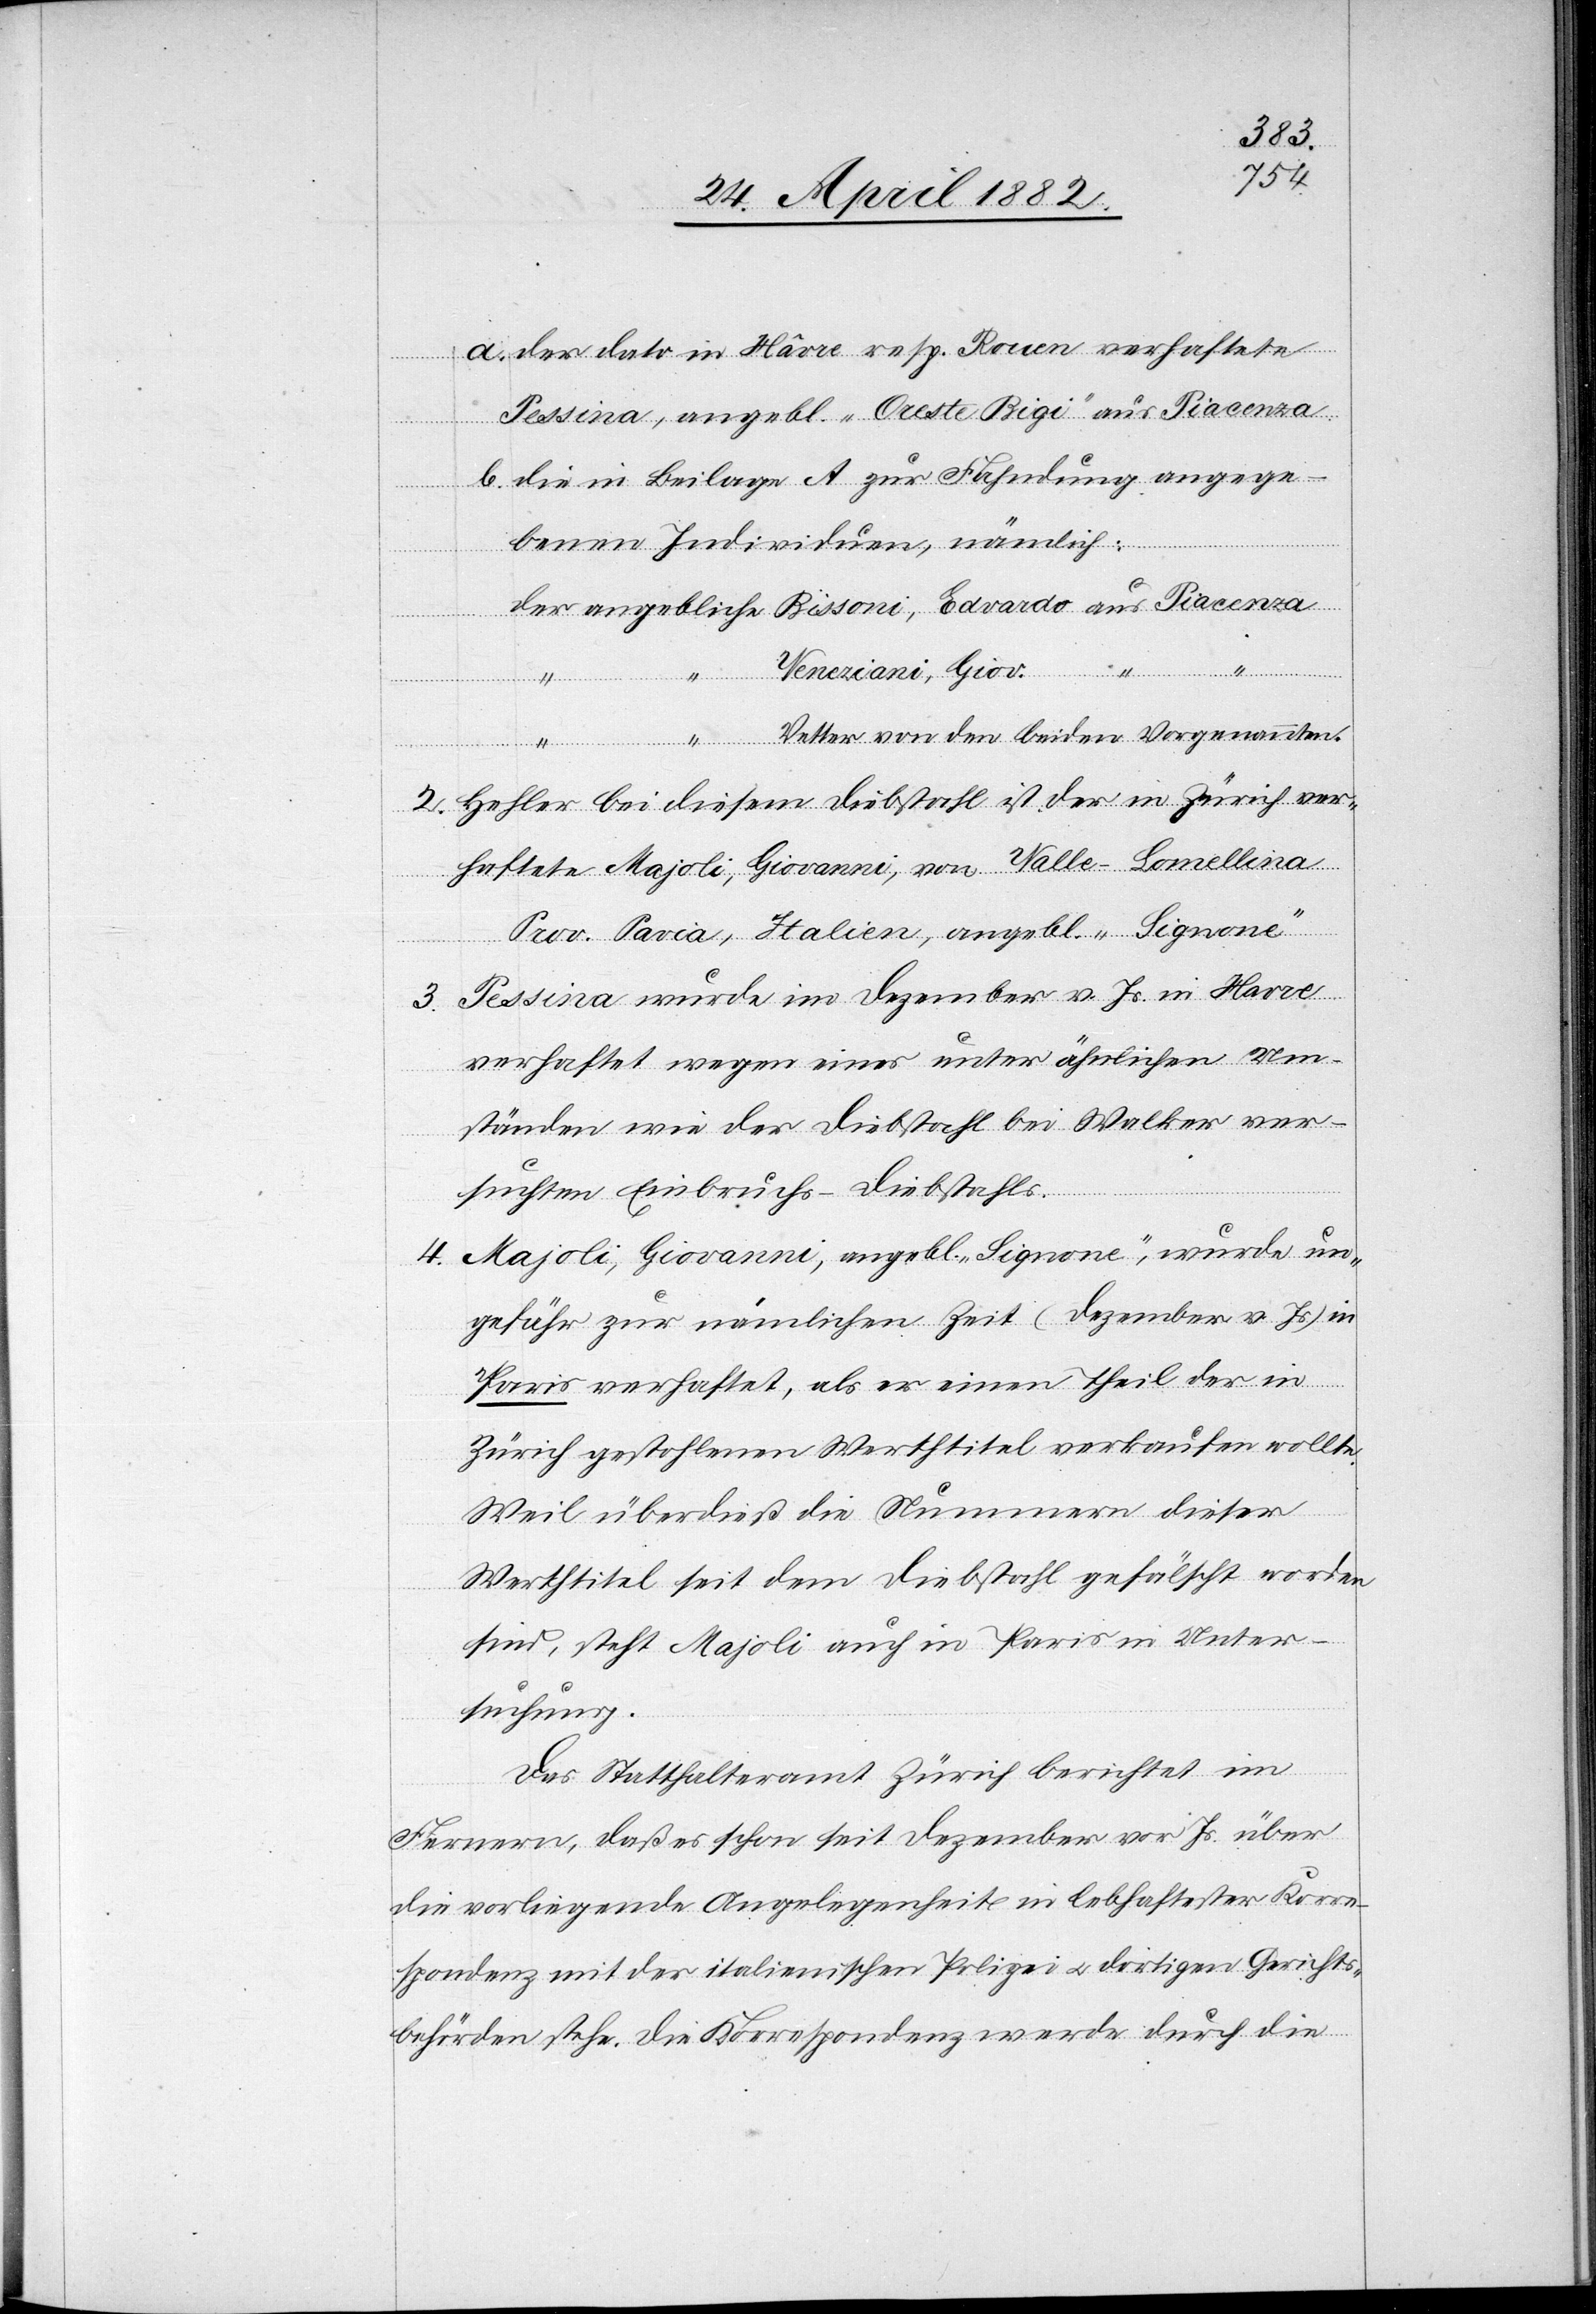
a. der dato in Hâvre resp. Rouen verhaftete
Pessina, angebl. „Oreste Rigi“ aus Piacenza.
b. die in Beilage A zur Fahndung ausgege¬
benen Individuen, nämlich:
liche
aus
Veneziani, Giov.
Vetter von den beiden Vorgenannten.
angeb¬
2. Hehler bei diesem Diebstahl ist der in Zürich ver¬
haftete Majoli, Giovanni, von Valle-Lomellina,
Prov. Savia, Italien, angebl. „Signone“.
Pessina wurde im Dezember v. Js. in Havre
3.
verhaftet wegen eines unter ähnlichen Um¬
ständen wie der Diebstahl bei Walker ver¬
suchten Einbruchs-Diebstahls.
4. Majoli, Giovanni, angebl. „Signone“, wurde un¬
gefähr zur nämlichen Zeit (Dezember v. Js.) in
“
Paris verhaftet, als er einen Theil der in
Zürich gestohlenen Werthtitel verkaufen wollte.
Weil überdieß die Nummern dieser
Werthtitel seit dem Diebstahl gefälscht worden
sind, steht Majoli auch in Paris in Unter¬
suchung.
Das Statthalteramt Zürich berichtet im
Fernern, daß es schon seit Dezember vor. Js. über
die vorliegende Angelegenheit in lebhafter Korre¬
spondenz mit der italienischen Polizei u. dortigen Gerichts¬
behörden stehe. Die Korrespondenz werde durch die